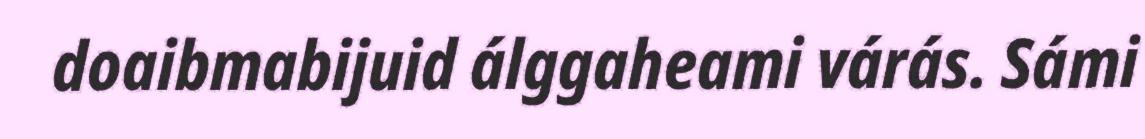
doaibmabijuid álggaheami várás. Sámi